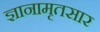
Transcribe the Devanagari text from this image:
ज्ञानामृतसार